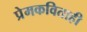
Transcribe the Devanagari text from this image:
प्रेमकविताही